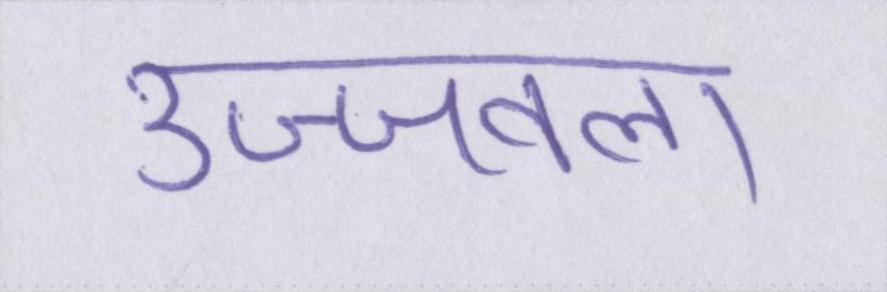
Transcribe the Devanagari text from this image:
उज्ज्वला